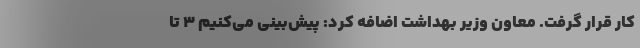
کار قرار گرفت. معاون وزیر بهداشت اضافه کرد: پیش‌بینی می‌کنیم ۳ تا